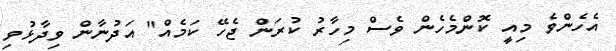
އެހެންވެ މިއީ ކޮންމެހެން ވެސް މިހާރު ކުރަން ޖެހޭ ކަމެއް" އަދުނާން ވިދާޅުވި